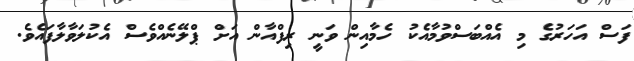
ފަސް އަހަރުގެ މި އެއްބަސްވުމާއެކު ހެމާއިން ވަނީ ރިފްއާން އަށް ޕްލޭނެއްވެސް އެކުލަވާލާފައެވެ.